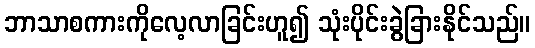
ဘာသာစကားကိုလေ့လာခြင်းဟူ၍ သုံးပိုင်းခွဲခြားနိုင်သည်။